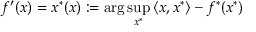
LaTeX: f ^ { \prime } ( x ) = x ^ { * } ( x ) : = \arg \operatorname* { s u p } _ { x ^ { * } } { \langle x , x ^ { * } \rangle } - f ^ { * } ( x ^ { * } )